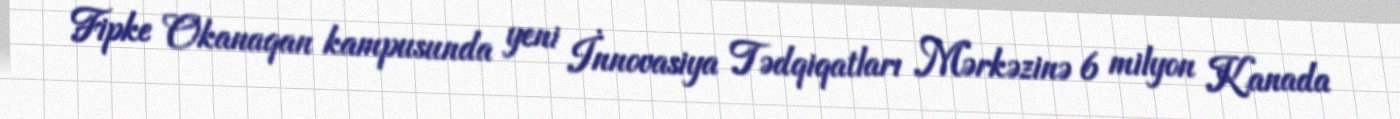
Fipke Okanaqan kampusunda yeni İnnovasiya Tədqiqatları Mərkəzinə 6 milyon Kanada